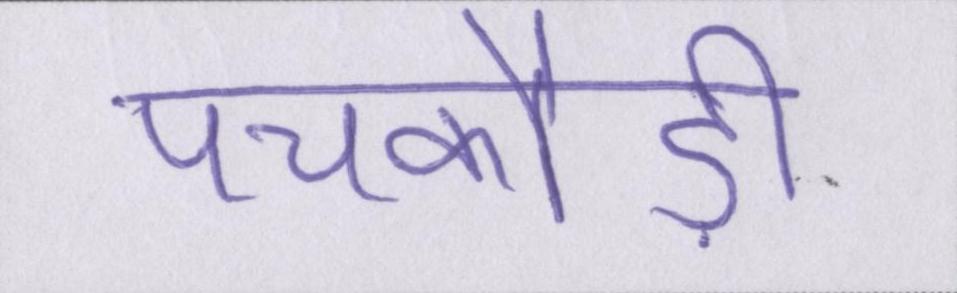
पचकौड़ी